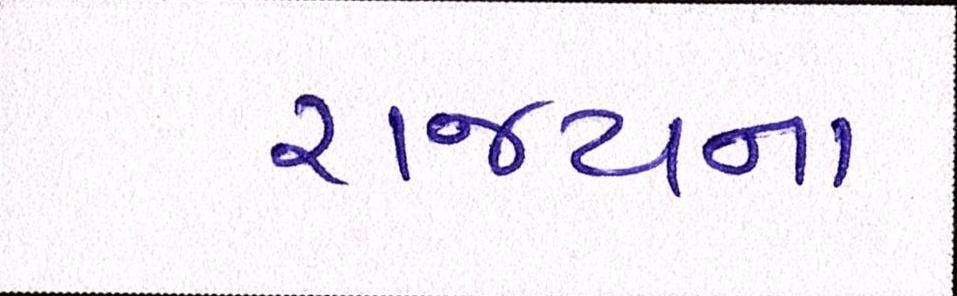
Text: રાજ્યના